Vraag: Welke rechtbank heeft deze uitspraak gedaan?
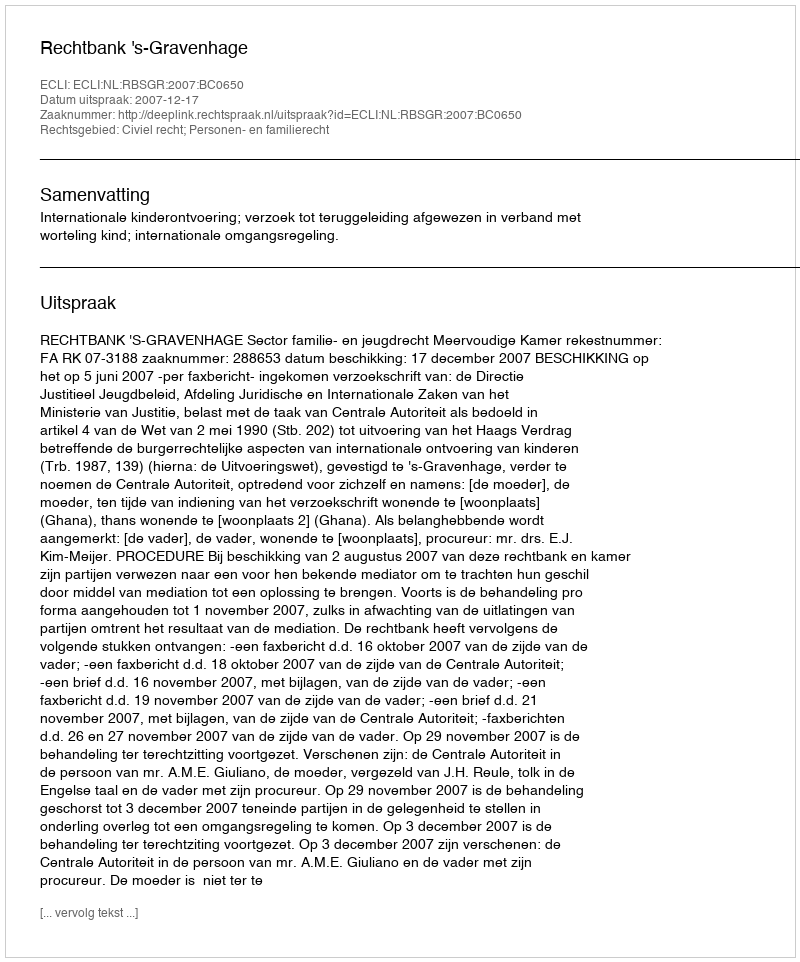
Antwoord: Rechtbank 's-Gravenhage